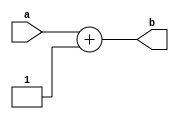
`timescale 1ns / 1ps
//////////////////////////////////////////////////////////////////////////////////
// Company: 
// Engineer: 
// 
// Design Name: 
// Module Name:    inc 
// Project Name: 
// Target Devices: 
// Tool versions: 
// Description: 
//
// Dependencies: 
//
// Revision: 
// Revision 0.01 - File Created
// Additional Comments: 
//
//////////////////////////////////////////////////////////////////////////////////
module inc(a,b);
input [7:0] a;
output reg [7:0] b;

always@(a) begin
	b<=a+1;
end

endmodule